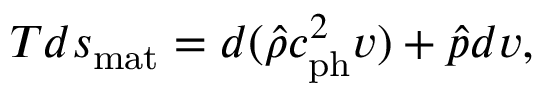
T d s _ { \mathrm { m a t } } = d ( \hat { \rho } c _ { \mathrm { p h } } ^ { 2 } v ) + \hat { p } d v ,